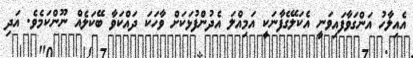
އެއިލާހު އަންގަވާފައިވަނީ އެކަލޭގެފާނަކީ އަމިއްލަ އެދުންފުޅަކަށް ވާހަކަ ދައްކަވާ ބޭކަލެއް ނޫންކަމެވެ. އަދި